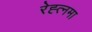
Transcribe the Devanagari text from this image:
रेह्त्नमा